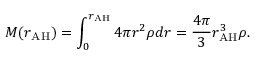
M ( r _ { \mathrm { A H } } ) = \int _ { 0 } ^ { r _ { \mathrm { A H } } } 4 \pi r ^ { 2 } \rho d r = \frac { 4 \pi } { 3 } r _ { \mathrm { A H } } ^ { 3 } \rho .